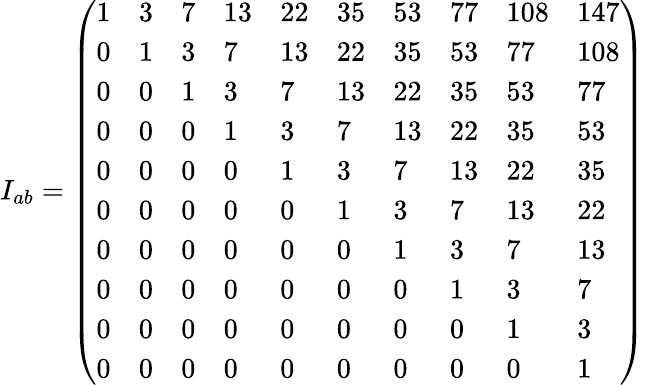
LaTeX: I_{ab}=\left(\begin{array}{llllllllll}{{1}}&{{3}}&{{7}}&{{13}}&{{22}}&{{35}}&{{53}}&{{77}}&{{108}}&{{147}}\\ {{0}}&{{1}}&{{3}}&{{7}}&{{13}}&{{22}}&{{35}}&{{53}}&{{77}}&{{108}}\\ {{0}}&{{0}}&{{1}}&{{3}}&{{7}}&{{13}}&{{22}}&{{35}}&{{53}}&{{77}}\\ {{0}}&{{0}}&{{0}}&{{1}}&{{3}}&{{7}}&{{13}}&{{22}}&{{35}}&{{53}}\\ {{0}}&{{0}}&{{0}}&{{0}}&{{1}}&{{3}}&{{7}}&{{13}}&{{22}}&{{35}}\\ {{0}}&{{0}}&{{0}}&{{0}}&{{0}}&{{1}}&{{3}}&{{7}}&{{13}}&{{22}}\\ {{0}}&{{0}}&{{0}}&{{0}}&{{0}}&{{0}}&{{1}}&{{3}}&{{7}}&{{13}}\\ {{0}}&{{0}}&{{0}}&{{0}}&{{0}}&{{0}}&{{0}}&{{1}}&{{3}}&{{7}}\\ {{0}}&{{0}}&{{0}}&{{0}}&{{0}}&{{0}}&{{0}}&{{0}}&{{1}}&{{3}}\\ {{0}}&{{0}}&{{0}}&{{0}}&{{0}}&{{0}}&{{0}}&{{0}}&{{0}}&{{1}}\end{array}\right)